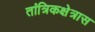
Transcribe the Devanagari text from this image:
तांत्रिकक्षेत्रास